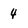
Character: 4